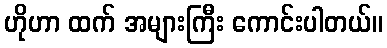
ဟိုဟာ ထက် အများကြီး ကောင်းပါတယ်။